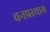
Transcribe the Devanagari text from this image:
वनप्रस्थाम